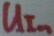
Text: UIn